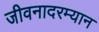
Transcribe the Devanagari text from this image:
जीवनादरम्यान